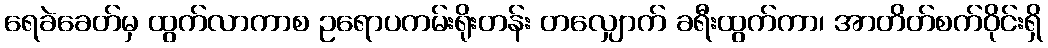
ရေခဲခေတ်မှ ထွက်လာကာစ ဥရောပကမ်းရိုးတန်း တလျှောက် ခရီးထွက်ကာ၊ အာတိတ်စက်ဝိုင်းရှိ